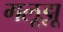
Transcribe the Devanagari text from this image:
गलूझू